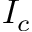
I _ { c }